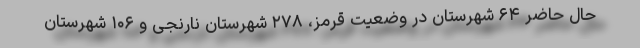
حال حاضر ۶۴ شهرستان در وضعیت قرمز، ۲۷۸ شهرستان نارنجی و ۱۰۶ شهرستان